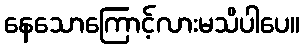
နေသောကြောင့်လားမသိပါပေ။